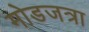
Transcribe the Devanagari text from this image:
मोडजत्रा